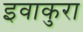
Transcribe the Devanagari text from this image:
इवाकुरा